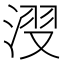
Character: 𣷺